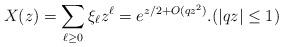
LaTeX: \begin{align*}X(z) = \sum_{\ell \ge 0} \xi_\ell z^\ell = e^{z/2 + O(qz^2)}. (|qz| \le 1)\end{align*}